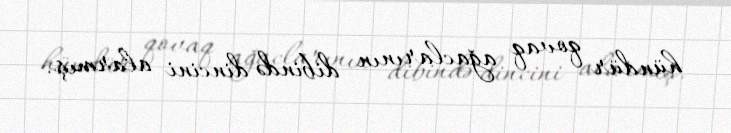
hündür qovaq ağaclarının dibində dincini alarmış.